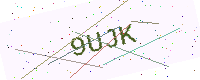
Text: 9UJK